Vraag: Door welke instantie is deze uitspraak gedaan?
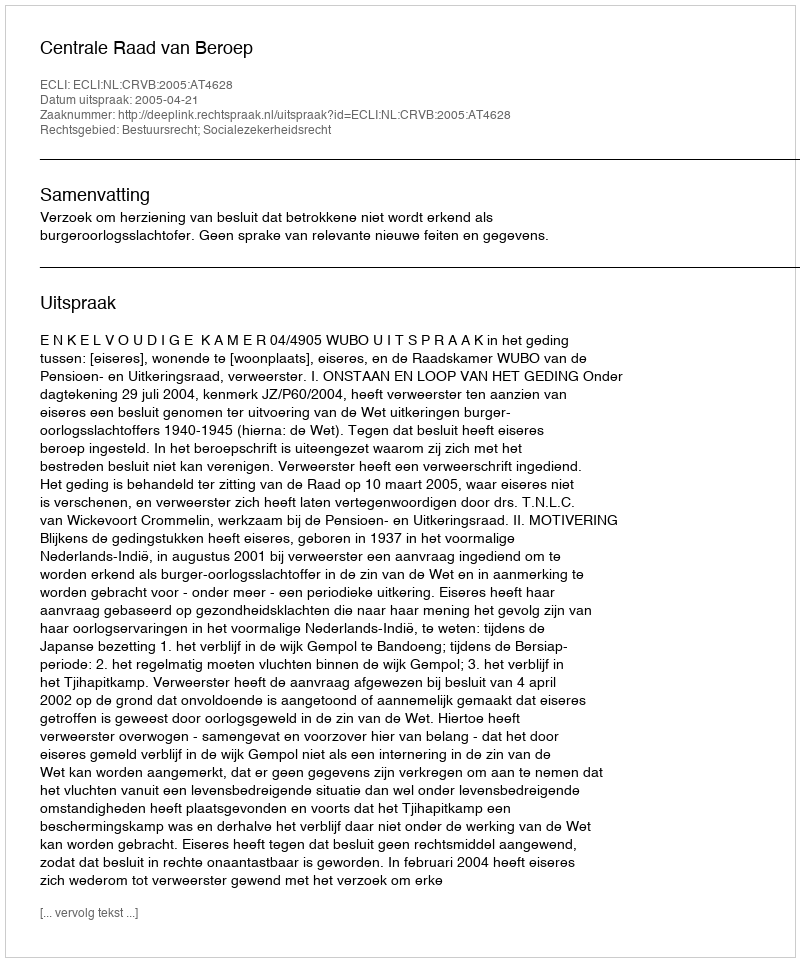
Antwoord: Centrale Raad van Beroep